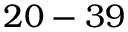
2 0 - 3 9